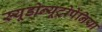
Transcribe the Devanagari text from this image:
स्यूडोन्यूट्रोपेनिया